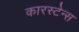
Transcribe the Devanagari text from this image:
कारस्टेन्स